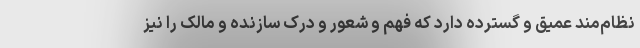
نظام‌مند عمیق و گسترده دارد که فهم و شعور و درک سازنده و مالک را نیز